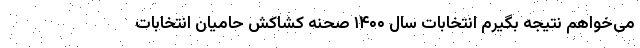
می‌خواهم نتیجه بگیرم انتخابات سال ۱۴۰۰ صحنه کشاکش حامیان انتخابات